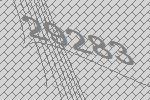
29283